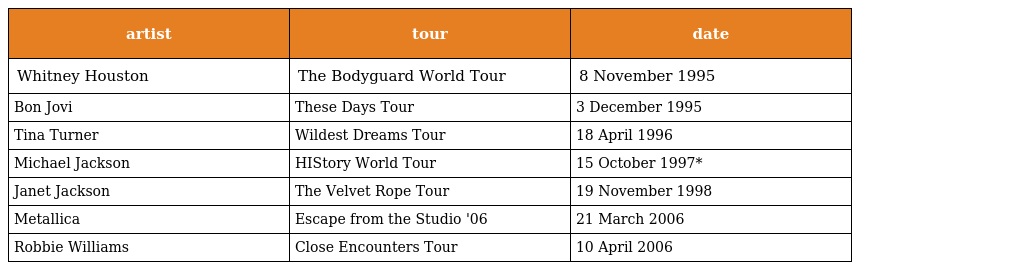
| artist | tour | date |
 | --- | --- | --- |
 | Whitney Houston | The Bodyguard World Tour | 8 November 1995 |
 | Bon Jovi | These Days Tour | 3 December 1995 |
 | Tina Turner | Wildest Dreams Tour | 18 April 1996 |
 | Michael Jackson | HIStory World Tour | 15 October 1997* |
 | Janet Jackson | The Velvet Rope Tour | 19 November 1998 |
 | Metallica | Escape from the Studio '06 | 21 March 2006 |
 | Robbie Williams | Close Encounters Tour | 10 April 2006 |